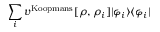
\sum _ { i } v ^ { \mathrm { K o o p m a n s } } [ \rho , \rho _ { i } ] | \varphi _ { i } \rangle \langle \varphi _ { i } |